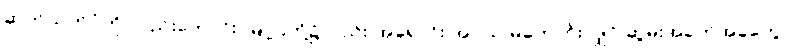
ဆုတ်ယုတ်ပုံကို လည်းကောင်း၊ မြို့ပြတို့၌လည်း အရောင်း အဝယ် မကောင်းလျှင် ဆွမ်းအခက်အခဲတွေ